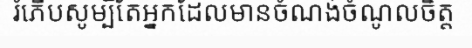
រំភើបសូម្បីតែអ្នកដែលមានចំណង់ចំណូលចិត្ត